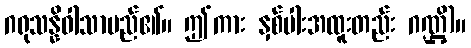
ဂရုသန္နိဝါသာမည်၏။ ဤကား နှစ်ပါးအထူးတည်း ဂဏ္ဌိ)။